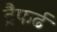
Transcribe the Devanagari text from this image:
ट्रैफर्ढ